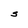
Character: S